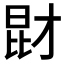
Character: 𱠋